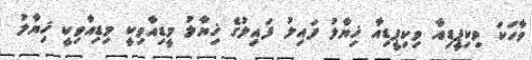
ވާހަކަ ވިކިޕީޑިއާ ވިކިޕީޑިއާ ޚިޔާލު ފައިލު ފައިލުގެ ޚިޔާލު މީޑިއާވިކީ މިޑިއާވިކީ ޚިޔާލު